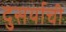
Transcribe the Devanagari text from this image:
दुसर्याची